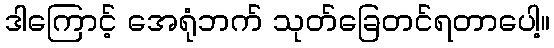
ဒါကြောင့် အေရုံဘက် သုတ်ခြေတင်ရတာပေါ့။